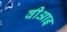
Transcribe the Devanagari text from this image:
वीआइ